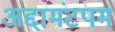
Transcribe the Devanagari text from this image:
अद्दामंटपम